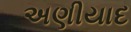
અણીયાદ